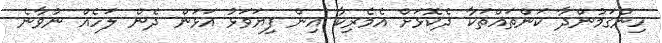
ހިންގަމުންދާ ކަންތައްތަކާ ދެކޮޅަށް އެމެރިކާ އިން ފިޔަވަޅު އަޅަން ދެން ލަހެއް ނުވާނެ